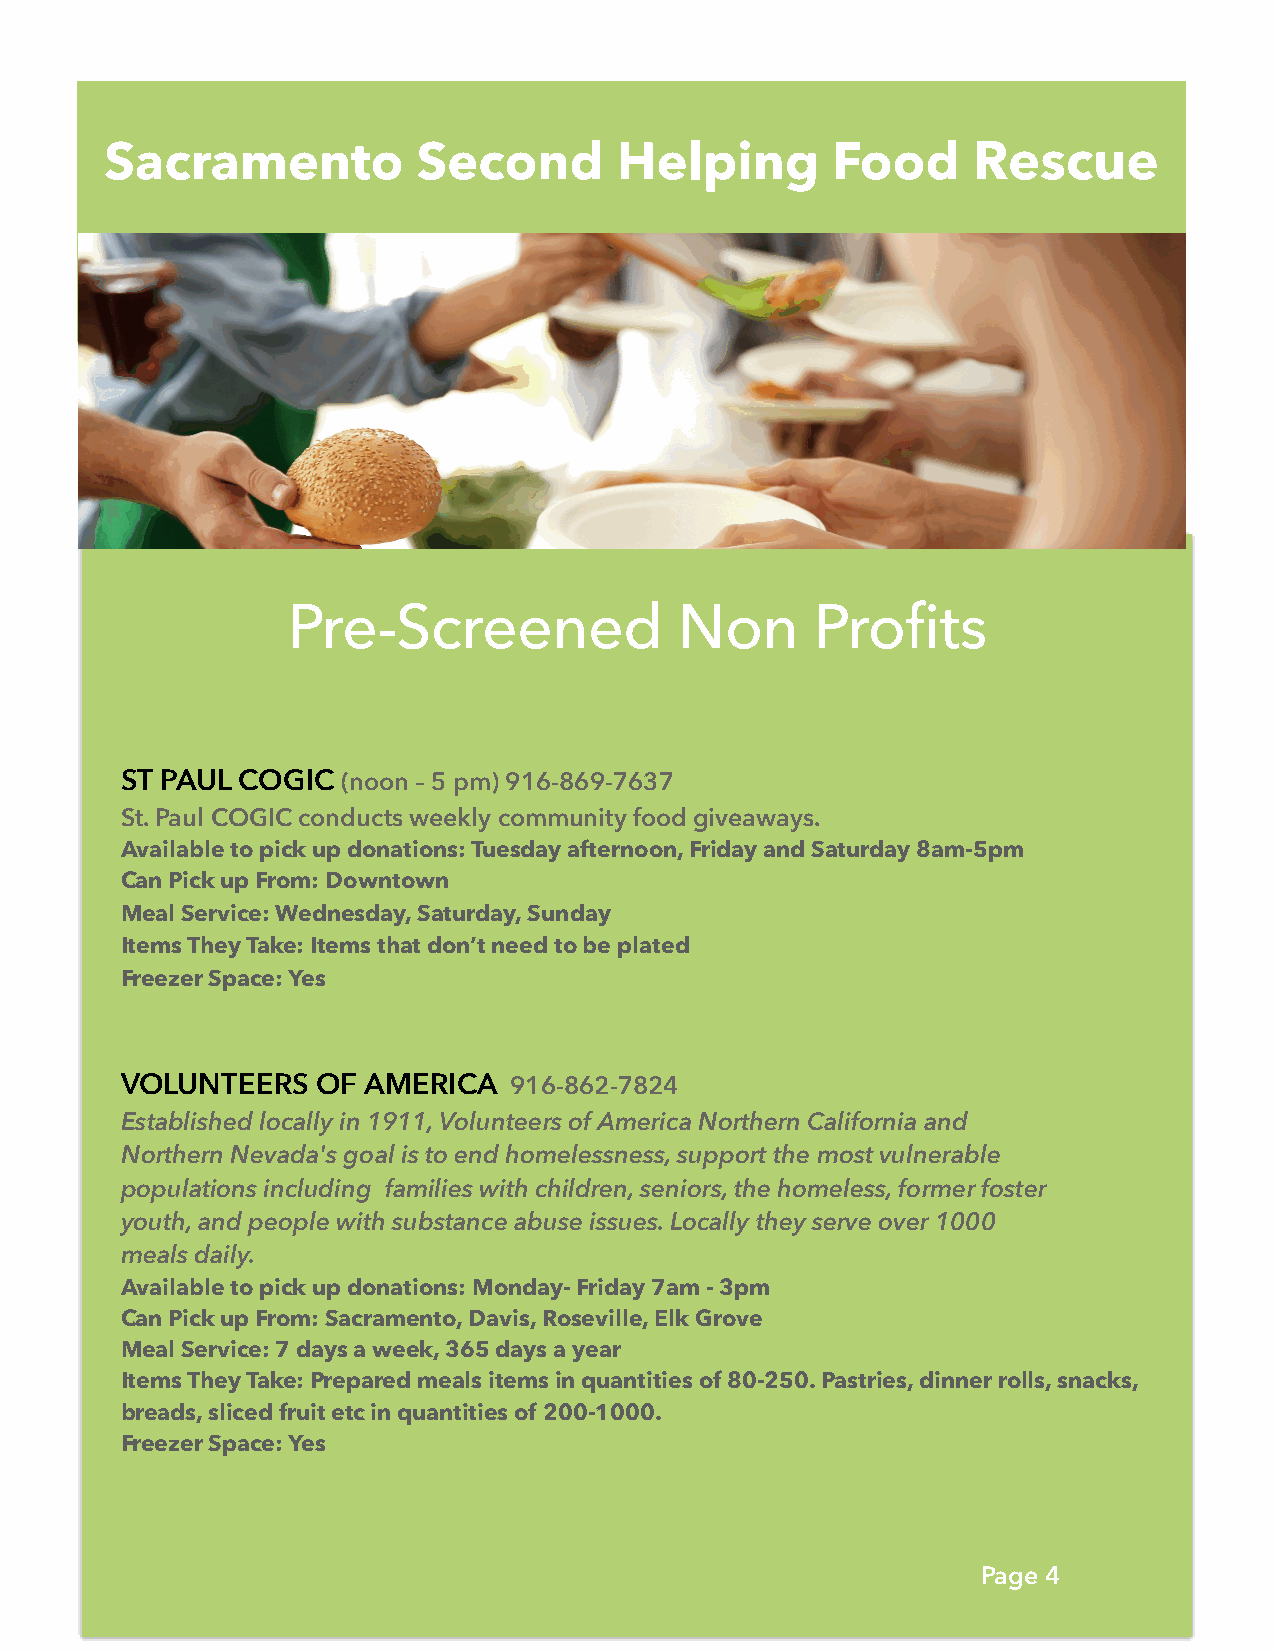
Sacramento           Second       Helping       Food     Rescue
 Pre-Screened              Non      Profits
 ST PAUL COGIC  (noon – 5 pm) 916-869-7637
 St. Paul COGIC conducts weekly community food giveaways.
 Available to pick up donations: Tuesday afternoon, Friday and Saturday 8am-5pm
 Can Pick up From: Downtown
 Meal Service: Wednesday, Saturday, Sunday
 Items They Take: Items that don’t need to be plated
 Freezer Space: Yes
 VOLUNTEERS   OF AMERICA   916-862-7824
 Established locally in 1911, Volunteers of America Northern California and
 Northern Nevada's goal is to end homelessness, support the most vulnerable
 populations including families with children, seniors, the homeless, former foster
 youth, and people with substance abuse issues. Locally they serve over 1000
 meals daily.
 Available to pick up donations: Monday- Friday 7am - 3pm
 Can Pick up From: Sacramento, Davis, Roseville, Elk Grove
 Meal Service: 7 days a week, 365 days a year
 Items They Take: Prepared meals items in quantities of 80-250. Pastries, dinner rolls, snacks,
 breads, sliced fruit etc in quantities of 200-1000.
 Freezer Space: Yes
 Page 4